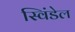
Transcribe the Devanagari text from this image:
स्विंडेल